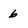
Character: 6